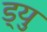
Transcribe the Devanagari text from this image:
ड्यु